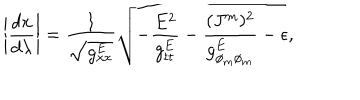
LaTeX: \left| { \frac { d x } { d \lambda } } \right| = { \frac { 1 } { \sqrt { g _ { x x } ^ { E } } } } \sqrt { - { \frac { E ^ { 2 } } { g _ { t t } ^ { E } } } - { \frac { ( J ^ { m } ) ^ { 2 } } { g _ { \phi _ { m } \phi _ { m } } ^ { E } } } - \epsilon } ,